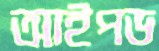
আইপড